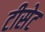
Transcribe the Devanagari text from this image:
टीसेट